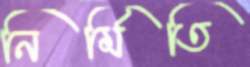
নির্মিতি